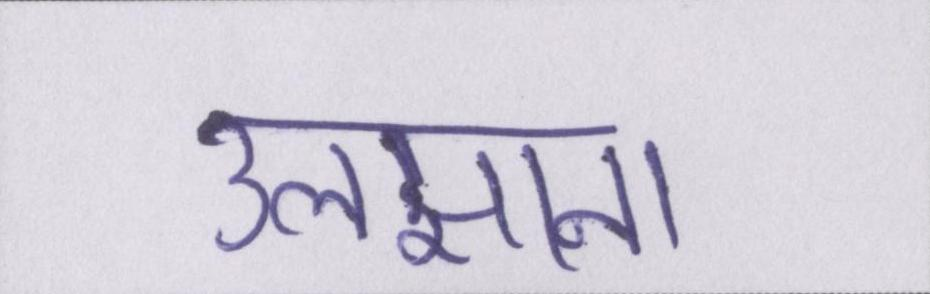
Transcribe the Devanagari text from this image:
उलझाना